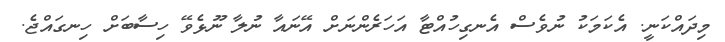
މިދައްކަނީ. އެކަމަކު ނުވެސް އެނގިހުއްޓާ އަހަރެންނަށް އޭނައާ ނުލާ ނޫޅެވޭ ހިސާބަށް ހިނގައްޖެ.